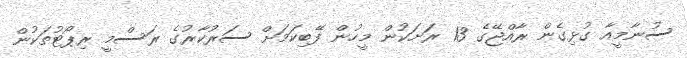
ސުނާމީއާ ގުޅިގެން ރާއްޖޭގެ 13 ރަށަކުން މީހުން ފޭބިކަމަށް ސަރުކާރުގެ ރަސްމީ ރިޕޯޓުތަކުން